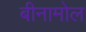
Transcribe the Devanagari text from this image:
बीनामोल